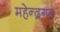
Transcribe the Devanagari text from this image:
महेन्द्रगड